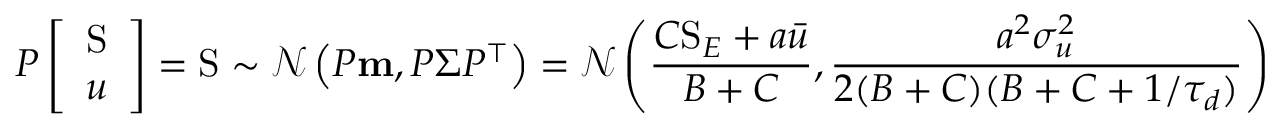
P \left[ \begin{array} { l } { \mathrm { S } } \\ { u } \end{array} \right] = \mathrm { S } \sim \mathcal { N } \left( P \mathbf { m } , P \Sigma P ^ { \top } \right) = \mathcal { N } \left( \frac { C \mathrm { S } _ { E } + a \bar { u } } { B + C } , \frac { a ^ { 2 } \sigma _ { u } ^ { 2 } } { 2 ( B + C ) ( B + C + 1 / \tau _ { d } ) } \right)